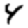
Digit: 4